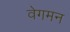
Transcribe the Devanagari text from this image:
वेगमन